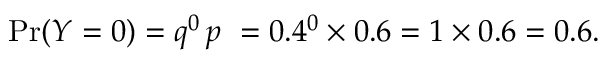
\operatorname* { P r } ( Y = 0 ) = q ^ { 0 } \, p \ = 0 . 4 ^ { 0 } \times 0 . 6 = 1 \times 0 . 6 = 0 . 6 .